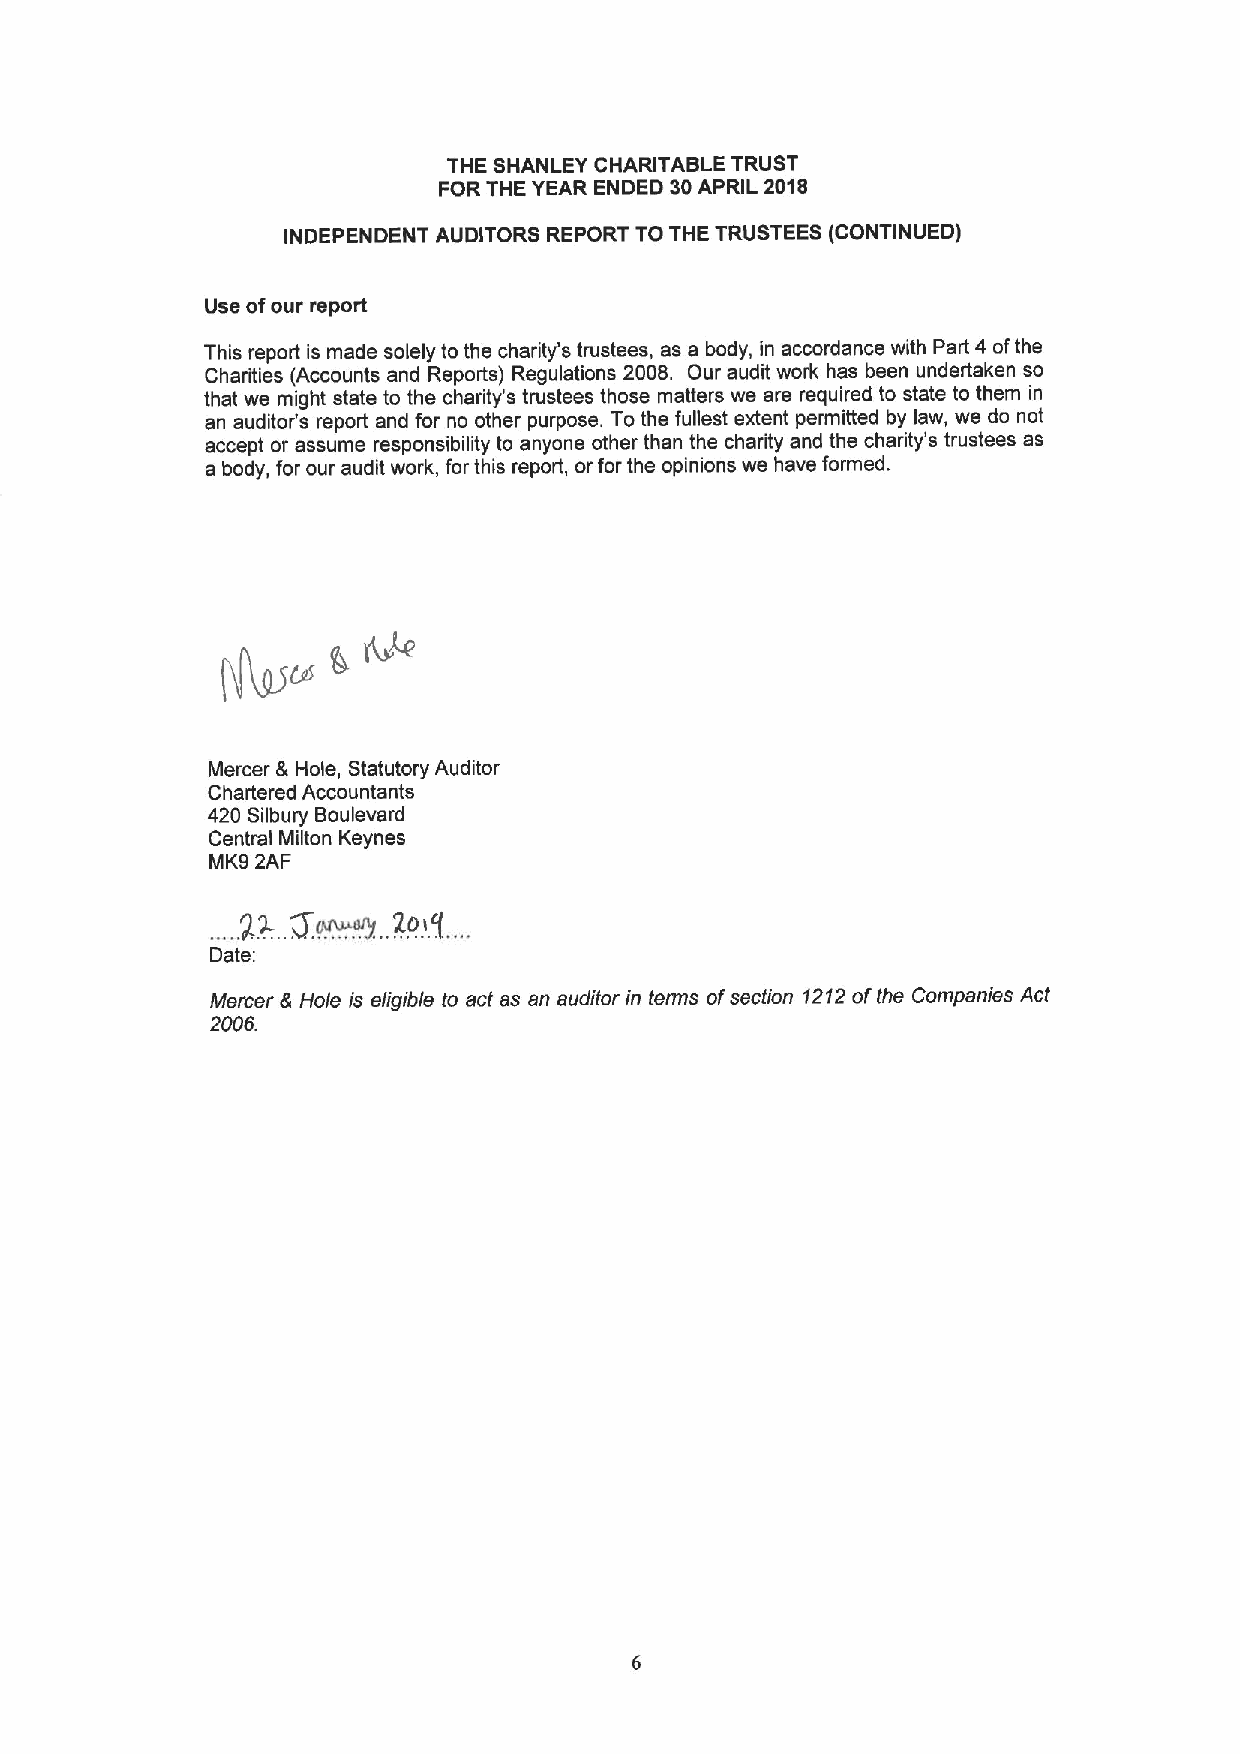
THE SHANLEY CHARITABLE TRUST
 FOR THE YEAR ENDED 30APRIL 2018
 INDEPENDENT AUDITORS REPORT TO THE TRUSTEES (CONTINUED)
 Use ofour report
 This report is made solely to the charity's trustees, as a body, in accordance with Part 4 ofthe
 Charities (Accounts and Reports) Regulations 2008. Our audit work has been undertaken so
 that we might state to the charity's trustees those matters we are required to state to them in
 an auditor's report and for no other purpose. Tothe fullest extent permitted by law, we do not
 accept or assume responsibility to anyone other than the charity and the charity's trustees as
 a body, for our audit work, for this report, or for the opinions we have formed.
 Mercer &Hole, Statutory Auditor
 Chartered Accountants
 420 Silbury Boulevard
 Central Milton Keynes
 MK9 2AF
 Date
 Mercer tt Hole is eligible to act as an auditor in terms ofsection 1212ofthe Companies Act
 2006.